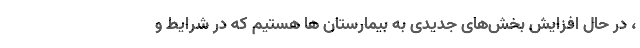
، در حال افزایش بخش‌های جدیدی به بیمارستان ها هستیم که در شرایط و